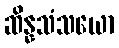
ဆိန္နသံသယော